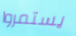
يستمروا